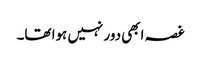
غصہ ابھی دور نہیں ہوا تھا۔